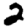
Digit: 2